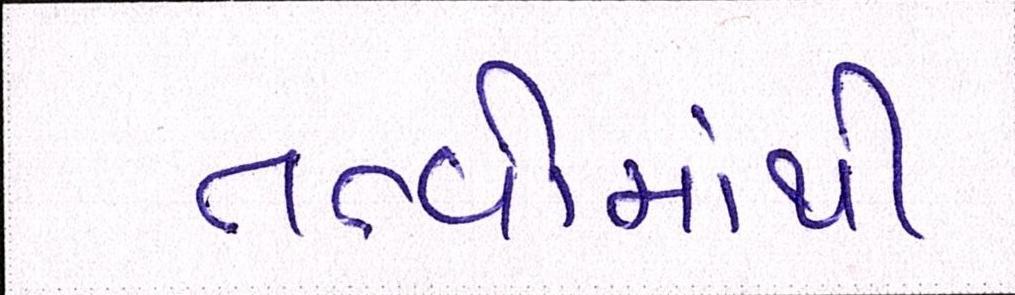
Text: તત્વોમાંથી